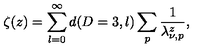
\zeta ( z ) = \sum _ { \l = 0 } ^ { \infty } d ( D = 3 , l ) \sum _ { p } \frac { 1 } { \lambda _ { \nu , p } ^ { z } } ,